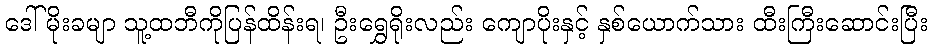
ဒေါ်မိုးခမျာ သူ့ထဘီကိုပြန်ထိန်းရ၊ ဦးရွှေရိုးလည်း ကျောပိုးနှင့် နှစ်ယောက်သား ထီးကြီးဆောင်းပြီး